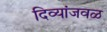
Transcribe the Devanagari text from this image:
दिव्यांजवळ